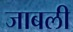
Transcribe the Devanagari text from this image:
जाबली